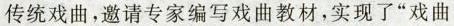
传统戏曲,邀请专家编写戏曲教材,实现了“戏曲